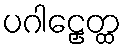
ပဂါဠှေတ္ထ